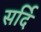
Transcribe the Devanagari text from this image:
सर्दि